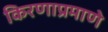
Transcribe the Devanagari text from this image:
किरणाप्रमाणे